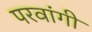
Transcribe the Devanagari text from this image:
परवांगी